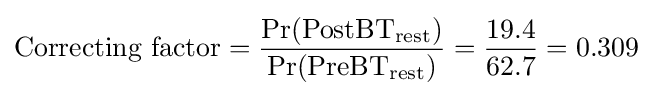
{\text{Correcting factor}}={\frac {\Pr({\text{PostBT}}_{\text{rest}})}{\Pr({\text{PreBT}}_{\text{rest}})}}={\frac {19.4}{62.7}}=0.309